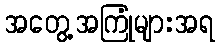
အတွေ့အကြုံများအရ